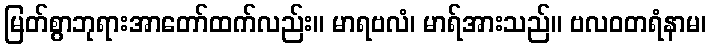
မြတ်စွာဘုရားအာတော်ထက်လည်း။ မာရဗလံ၊ မာရ်အားသည်။ ဗလဝတရံနာမ၊